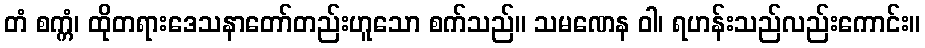
တံ စက္ကံ၊ ထိုတရားဒေသနာတော်တည်းဟူသော စက်သည်။ သမဏေန ဝါ၊ ရဟန်းသည်လည်းကောင်း။